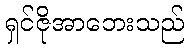
ရှင်ဇိုအာဘေးသည်